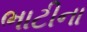
ભાટીના